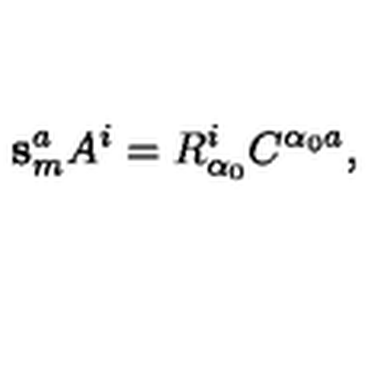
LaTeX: \mathbf { s } _ { m } ^ { a } A ^ { i } = R _ { \alpha _ { 0 } } ^ { i } C ^ { \alpha _ { 0 } a } ,